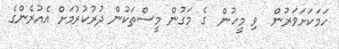
ހަމަކަށަވަރުން  ވި މީހުން  ގެ މަގުން މީސްތަކުން ދުރުކުރުމަށް އެއުރެންގެ